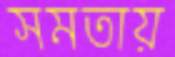
সমতায়